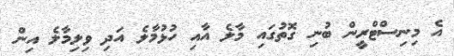
އެ މިނިސްޓްރީން ބުނި ގޮތުގައި މާލެ އާއި ހުޅުމާލެ އަދި ވިލިމާލެ އިން